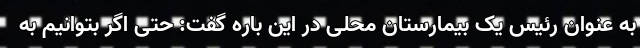
به عنوان رئیس یک بیمارستان محلی در این باره گفت: حتی اگر بتوانیم به